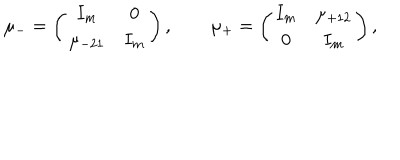
LaTeX: \mu _ { - } = \left( \begin{array} { c c } { { I _ { m } } } & { { 0 } } \\ { { \mu _ { - 2 1 } } } & { { I _ { m } } } \\ \end{array} \right) , \qquad \mu _ { + } = \left( \begin{array} { c c } { { I _ { m } } } & { { \mu _ { + 1 2 } } } \\ { { 0 } } & { { I _ { m } } } \\ \end{array} \right) ,